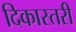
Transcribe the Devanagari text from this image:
दिकास्तरी